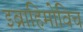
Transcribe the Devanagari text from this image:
इब्राहिमोविच